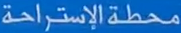
محطة الإستراحة